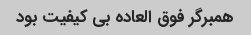
همبرگر فوق العاده بی کیفیت بود